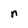
Character: n